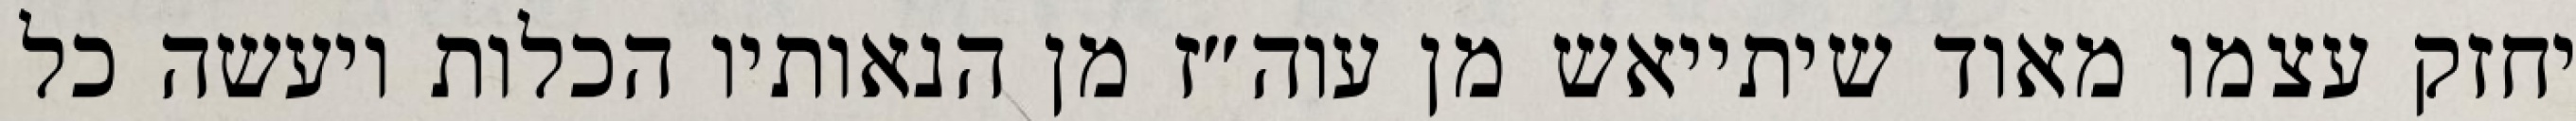
יחזק עצמו מאוד שיתייאש מן עוה״ז מן הנאותיו הכלות ויעשה כל